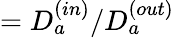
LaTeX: =D_{a}^{(in)}/D_{a}^{(out)}